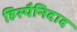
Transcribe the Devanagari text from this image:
हिस्पैनिदाद